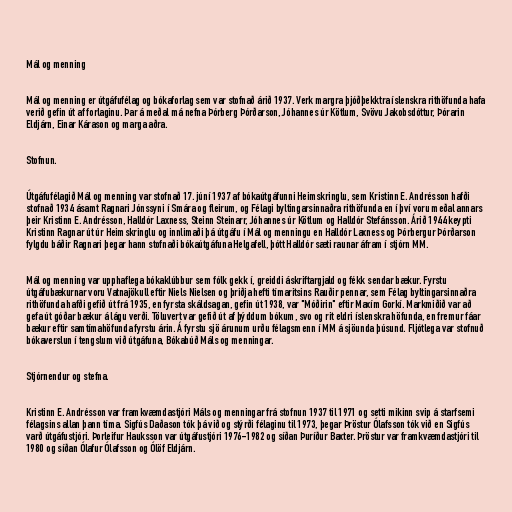
Mál og menning

Mál og menning er útgáfufélag og bókaforlag sem var stofnað árið 1937. Verk margra þjóðþekktra íslenskra rithöfunda hafa
verið gefin út af forlaginu. Þar á meðal má nefna Þórberg Þórðarson, Jóhannes úr Kötlum, Svövu Jakobsdóttur, Þórarin
Eldjárn, Einar Kárason og marga aðra.

Stofnun.

Útgáfufélagið Mál og menning var stofnað 17. júní 1937 af bókaútgáfunni Heimskringlu, sem Kristinn E. Andrésson hafði
stofnað 1934 ásamt Ragnari Jónssyni í Smára og fleirum, og Félagi byltingarsinnaðra rithöfunda en í því voru meðal annars
þeir Kristinn E. Andrésson, Halldór Laxness, Steinn Steinarr, Jóhannes úr Kötlum og Halldór Stefánsson. Árið 1944 keypti
Kristinn Ragnar út úr Heimskringlu og innlimaði þá útgáfu í Mál og menningu en Halldór Laxness og Þórbergur Þórðarson
fylgdu báðir Ragnari þegar hann stofnaði bókaútgáfuna Helgafell, þótt Halldór sæti raunar áfram í stjórn MM.

Mál og menning var upphaflega bókaklúbbur sem fólk gekk í, greiddi áskriftargjald og fékk sendar bækur. Fyrstu
útgáfubækurnar voru Vatnajökull eftir Niels Nielsen og þriðja hefti tímaritsins Rauðir pennar, sem Félag byltingarsinnaðra
rithöfunda hafði gefið út frá 1935, en fyrsta skáldsagan, gefin út 1938, var "Móðirin" eftir Maxím Gorkí. Markmiðið var að
gefa út góðar bækur á lágu verði. Töluvert var gefið út af þýddum bókum, svo og rit eldri íslenskra höfunda, en fremur fáar
bækur eftir samtímahöfunda fyrstu árin. Á fyrstu sjö árunum urðu félagsmenn í MM á sjöunda þúsund. Fljótlega var stofnuð
bókaverslun í tengslum við útgáfuna, Bókabúð Máls og menningar.

Stjórnendur og stefna.

Kristinn E. Andrésson var framkvæmdastjóri Máls og menningar frá stofnun 1937 til 1971 og setti mikinn svip á starfsemi
félagsins allan þann tíma. Sigfús Daðason tók þá við og stýrði félaginu til 1973, þegar Þröstur Ólafsson tók við en Sigfús
varð útgáfustjóri. Þorleifur Hauksson var útgáfustjóri 1976-1982 og síðan Þuríður Baxter. Þröstur var framkvæmdastjóri til
1980 og síðan Ólafur Ólafsson og Ólöf Eldjárn.